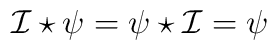
{\cal I} \star \psi = \psi \star {\cal I} = \psi